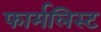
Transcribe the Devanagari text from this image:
फार्मलिस्ट